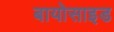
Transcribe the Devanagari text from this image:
बायोसाइड